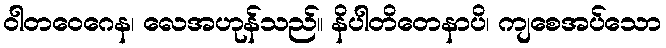
ဝါတဝေဂေန၊ လေအဟုန်သည်။ နိပါတိတေနာပိ၊ ကျစေအပ်သော